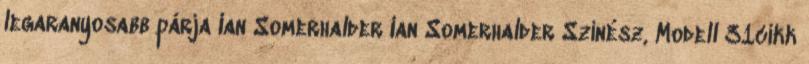
legaranyosabb párja Ian Somerhalder Ian Somerhalder Színész, Modell 31cikk